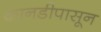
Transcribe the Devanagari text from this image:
कानडीपासून